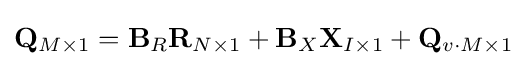
\mathbf {Q} _{M\times 1}=\mathbf {B} _{R}\mathbf {R} _{N\times 1}+\mathbf {B} _{X}\mathbf {X} _{I\times 1}+\mathbf {Q} _{v\cdot M\times 1}